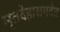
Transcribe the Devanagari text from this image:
मृतदेहासमवेत